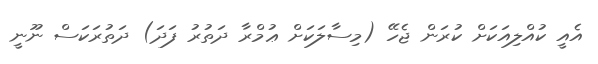
އެއީ ކުއްލިއަކަށް ކުރަން ޖެހޭ (މިސާލަކަށް ޢުމްރާ ދަތުރު ފަދަ) ދަތުރަކަސް ނޫނީ